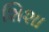
શિશા